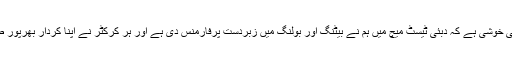
مجھے اس بات کی خوشی ہے کہ دبئی ٹیسٹ میچ میں ہم نے بیٹنگ اور بولنگ میں زبردست پرفارمنس دی ہے اور ہر کرکٹر نے اپنا کردار بھرپور طریقے سے نبھایا۔